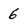
Character: 6